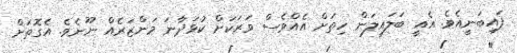
ފައިބަނީއެވެ. އެއީ ބަލައިލަން ހިތަށް އެއްވެސް ވަރަކަށް ކުޅަދާނަ މަންޒަރެއް ނޫނެވެ. އެގޮތަށް